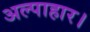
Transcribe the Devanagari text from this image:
अल्पाहार।